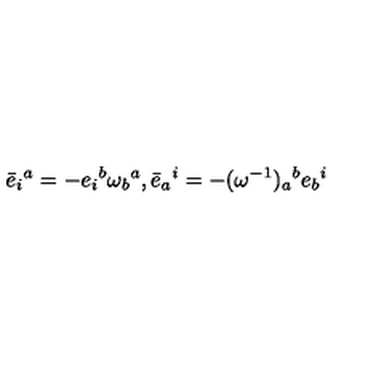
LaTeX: \bar { e } _ { i } { } ^ { a } = - e _ { i } { } ^ { b } \omega _ { b } { } ^ { a } , \bar { e } _ { a } { } ^ { i } = - ( \omega ^ { - 1 } ) _ { a } { } ^ { b } e _ { b } { } ^ { i }